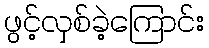
ဖွင့်လှစ်ခဲ့ကြောင်း